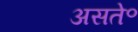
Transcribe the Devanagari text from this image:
असते॰